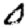
Digit: 0